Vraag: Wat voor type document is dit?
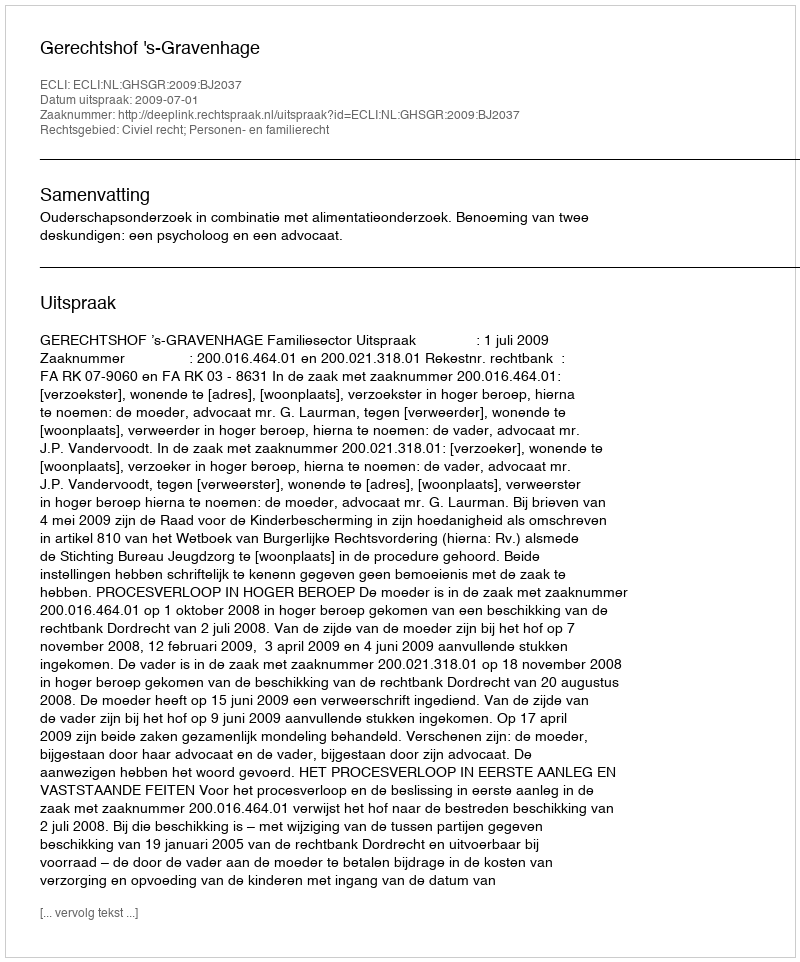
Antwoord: Uitspraak